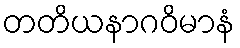
တတိယနာဂဝိမာနံ